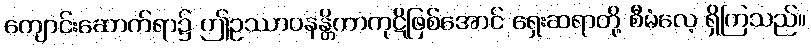
ကျောင်းဆောက်ရာ၌ ဤဥဿာဝနန္တိကာကုဋိဖြစ်အောင် ရှေးဆရာတို့ စီမံလေ့ ရှိကြသည်။